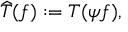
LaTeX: { \widehat { T } } ( f ) : = T ( \psi f ) ,